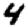
Digit: 4